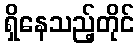
ရှိနေသည့်တိုင်